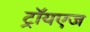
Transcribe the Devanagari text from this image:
ट्रॉयएज